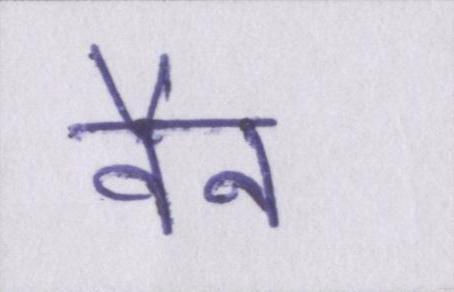
वैन